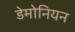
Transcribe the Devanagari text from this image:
डेमोनियन